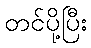
တင်ပို့ပြီး